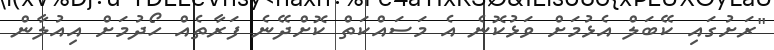
"ރަށުގައި ކޭބަލް އެޅުމަށް ވަޅުކޮނެ އެ މަސައްކަތް ކޮށްދޭނެ ފަރާތެއް ހޯދުމަށް އިއުލާން